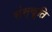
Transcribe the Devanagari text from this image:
संस्‍क़ृति